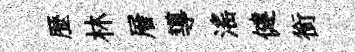
歴林層導滛健銜